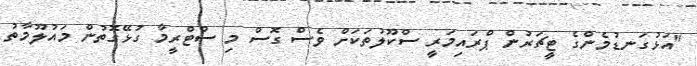
"އަޅުގަނޑުމެންގެ ޓީޗަރުން ޕްރައިމަރީ ސްކޫލުތަކަށް ވެސް ގޮސް މި ސްޓްރީމާ ގުޅޭގޮތުން މައުލޫމާތު